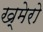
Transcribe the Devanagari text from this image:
ख्मेरो